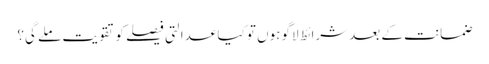
ضمانت کے بعد شرائط لاگو ہوں تو کیا عدالتی فیصلے کو تقویت ملے گی؟